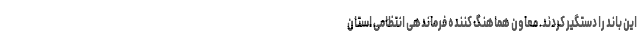
این باند را دستگیر کردند. معاون هماهنگ کننده فرماندهی انتظامی استان